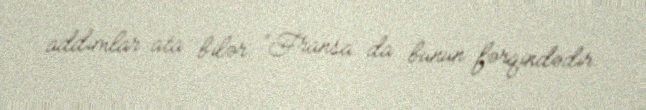
addımlar ata bilər: “Fransa da bunun fərqindədir.